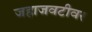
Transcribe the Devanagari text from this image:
जहाजवटीवर